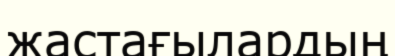
жастағылардың